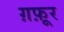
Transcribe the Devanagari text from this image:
ग़फ़ूर